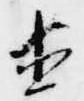
直